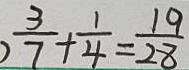
\frac { 3 } { 7 } + \frac { 1 } { 4 } = \frac { 1 9 } { 2 8 }